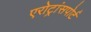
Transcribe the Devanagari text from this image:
एरोट्रांसपोर्ट